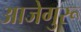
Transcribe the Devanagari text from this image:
आजेगुरू